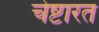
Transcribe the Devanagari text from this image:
चेष्टारत